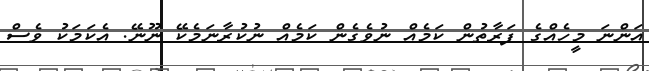
އަންނަ މީހެއްގެ ފަރާތުން ކަމެއް ނުވެގެން ކަމެއް ނުކުރާނަމެކޭ ނޫނޭ. އެކަމަކު ވެސް